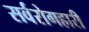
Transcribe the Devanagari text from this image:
सर्वरोगहारी